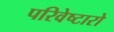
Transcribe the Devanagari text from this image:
परिवेष्टारो